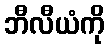
ဘီလီယံကို